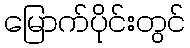
မြောက်ပိုင်းတွင်